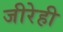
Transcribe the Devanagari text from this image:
जीरेही